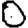
Digit: 0